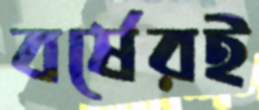
বর্ষেরই